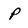
Character: P